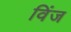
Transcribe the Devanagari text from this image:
विंज